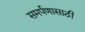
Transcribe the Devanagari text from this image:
समर्पणासाठी